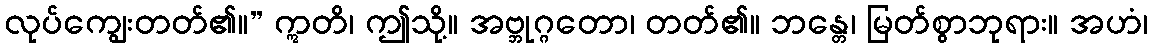
လုပ်ကျွေးတတ်၏။” ဣတိ၊ ဤသို့။ အဗ္ဘုဂ္ဂတော၊ တတ်၏။ ဘန္တေ၊ မြတ်စွာဘုရား။ အဟံ၊